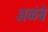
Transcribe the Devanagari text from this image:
अळंबे